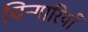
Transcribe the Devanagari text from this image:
चिन्गारियाँ